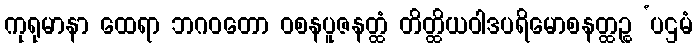
ကုရုမာနာ ထေရာ ဘဂဝတော ဝစနပူဇနတ္ထံ တိတ္ထိယဝါဒပရိမောစနတ္ထဉ္စ ‘ပဌမံ